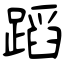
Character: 蹈